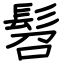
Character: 髫